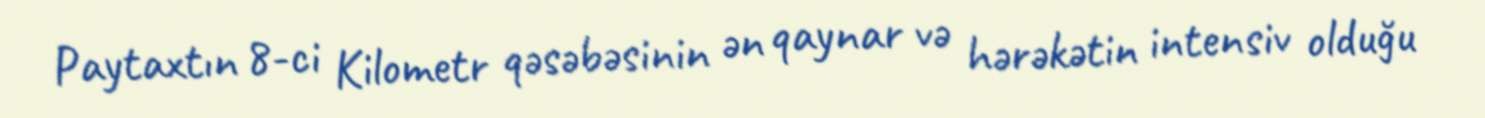
Paytaxtın 8-ci Kilometr qəsəbəsinin ən qaynar və hərəkətin intensiv olduğu